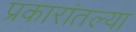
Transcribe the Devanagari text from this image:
प्रकारांतल्या